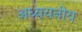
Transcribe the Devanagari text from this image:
अध्ययनीय